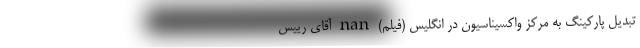
تبدیل پارکینگ به مرکز واکسیناسیون در انگلیس (فیلم) nan آقای رییس